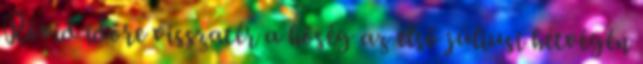
Rövid időre visszatér a hőség az első júliusi hétvégén